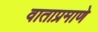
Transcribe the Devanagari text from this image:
वाताप्रमाणे